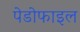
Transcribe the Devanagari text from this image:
पेडोफाइल